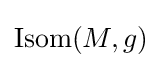
\operatorname {Isom} (M,g)